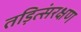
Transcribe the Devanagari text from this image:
तड़ित्संरक्षण